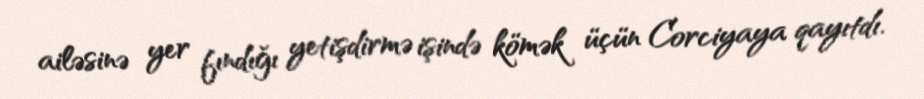
ailəsinə yer fındığı yetişdirmə işində kömək üçün Corciyaya qayıtdı.